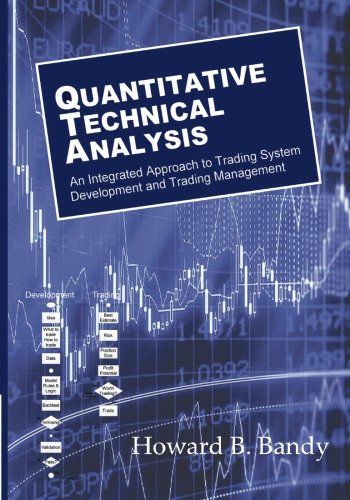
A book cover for Quantitative Technical Analysis: An integrated approach to trading system development and trading management; Dr Howard B Bandy; Computers & Technology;